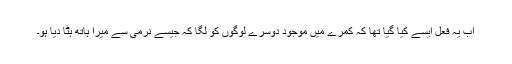
اب یہ فعل ایسے کیا گیا تھا کہ کمرے میں موجود دوسرے لوگوں کو لگا کہ جیسے نرمی سے میرا ہاتھ ہٹا دیا ہو۔